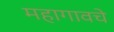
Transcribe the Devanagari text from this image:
महागावचे